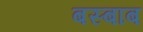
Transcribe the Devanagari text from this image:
बस्बाब